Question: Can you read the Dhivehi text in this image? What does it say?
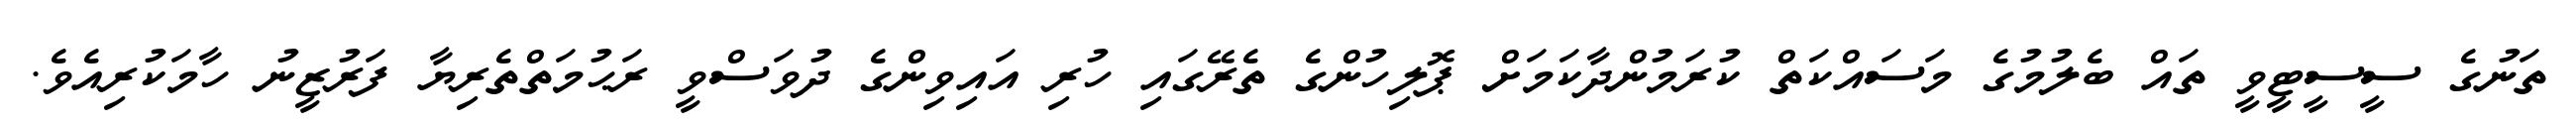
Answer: ތަނުގެ ސީސީޓީވީ ތައް ބެލުމުގެ މަސައްކަތް ކުރަމުންދާކަމަށް ޕޮލިހުންގެ ތެރޭގައި ހުރި އައިވިންގެ ދުވަސްވީ ރަޙުމަތްތެރިޔާ ފަރުޒީނު ހާމަކުރިއެވެ.